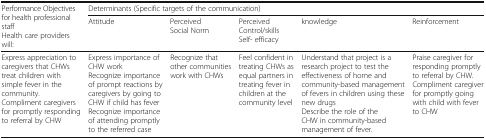
| <ROWSPAN=2> Performance Objectives for health professional staffHealth care providers will: | <COLSPAN=5> Determinants (Specific targets of the communication) |
 | Attitude | Perceived Social Norm | Perceived Control/skills Self- efficacy | knowledge | Reinforcement |
 | --- | --- | --- | --- | --- | --- |
 | Express appreciation to caregivers that CHWs treat children with simple fever in the community.Compliment caregivers for promptly responding to referral by CHW | Express importance of CHW workRecognize importance of prompt reactions by caregivers by going to CHW if child has feverRecognize importance of attending promptly to the referred case | Recognize that other communities work with CHWs | Feel confident in treating CHWs as equal partners in treating fever in children at the community level | Understand that project is a research project to test the effectiveness of home and community-based management of fevers in children using these new drugsDescribe the role of the CHW in community-based management of fever. | Praise caregiver for responding promptly to referral by CHW.Compliment caregiver for promptly going with child with fever to CHW |